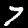
Digit: 7